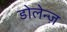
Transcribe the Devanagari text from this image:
डोलेन्ज़